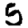
Digit: 5